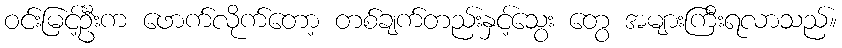
ဝင်းမြင့်ဦးက ဖောက်လိုက်တော့ တစ်ချက်တည်းနှင့်သွေး တွေ အများကြီးရလာသည်။